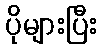
ပိုများပြီး